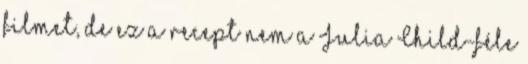
filmet, de ez a recept nem a Julia Child-féle